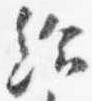
給